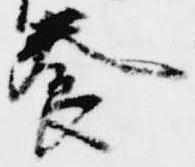
養